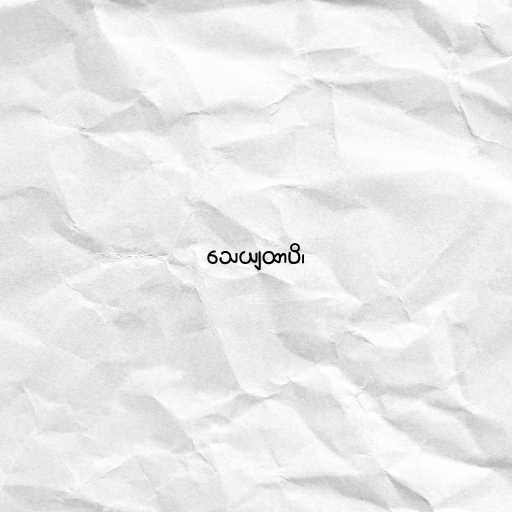
သေယျထာပိ၊